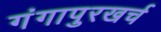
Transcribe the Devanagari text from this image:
गंगापुरखर्च